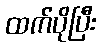
ထက်ပိုပြီး